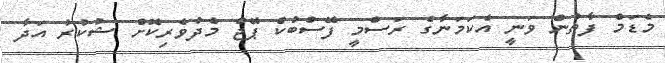
މެޑަމް ފާތުން ވަނީ އެކަމަނާގެ ރަސްމީ ފޭސްބުކް ޕޭޖް މެދުވެރިކޮށް ޝުކުރު އަދާ